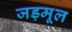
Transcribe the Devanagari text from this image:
जड़मूल